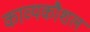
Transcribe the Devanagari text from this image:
काव्यकौशल